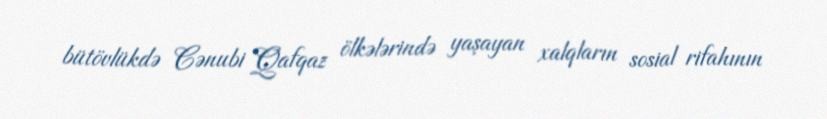
bütövlükdə Cənubi Qafqaz ölkələrində yaşayan xalqların sosial rifahının